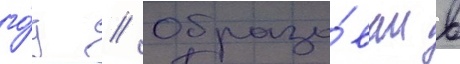
го́д // Образо́ван в